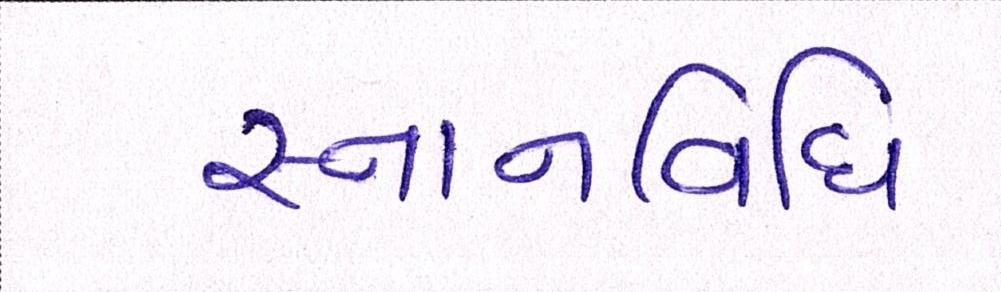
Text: સ્નાનવિધિ